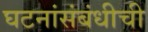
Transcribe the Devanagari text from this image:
घटनांसंबंधीची